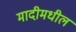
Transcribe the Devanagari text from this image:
मादीमधील